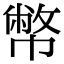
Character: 幣